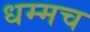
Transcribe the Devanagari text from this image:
धम्मच